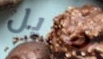
مزيل